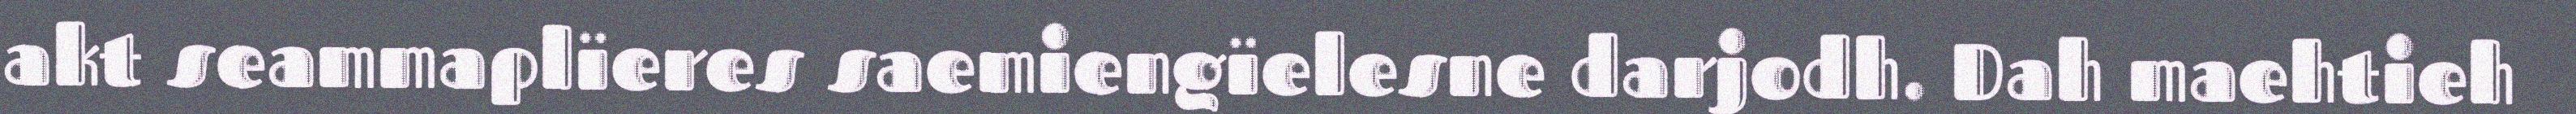
akt seammaplïeres saemiengïelesne darjodh. Dah maehtieh